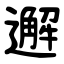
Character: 邂